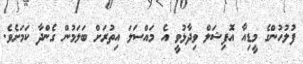
ފުލުހުންގެ މީޑިއާ އޮފިޝަލް ވިދާޅުވީ އެ މައްސަލަ އިތުރަށް ބަލަމުން ގެންދާ ކަމަށެވެ.